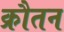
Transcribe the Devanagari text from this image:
क्रौतन